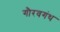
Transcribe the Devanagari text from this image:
गौरवगंथ